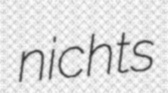
nichts